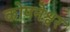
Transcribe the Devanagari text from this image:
कोपनेश्वर